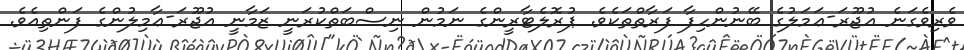
ވެރިވެގަނެ އުޖޫރަ-ޢަމަލުގެ ބޭނުންހިފާ ފަރާތްތަކެވެ. ޕުރޮލެޓާރީންގެ ނަމުން ނިސްބަތްކުރަނީ ޒަމާނީ އުޖޫރަ-ޢާމިލުންގެ ފަންތިއެވެ.